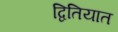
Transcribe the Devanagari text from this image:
द्वितियात